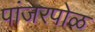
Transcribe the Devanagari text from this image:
पांजरपोळ